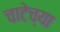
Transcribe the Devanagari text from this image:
चाटेच्या